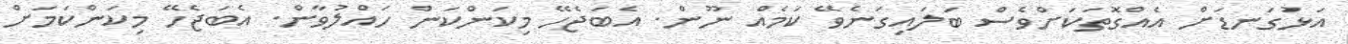
އަޅުގަނޑަށް އެއްގޮތަކަށްވެސް ބަލައިގަނެވޭ ކަމެއް ނޫން. އެބަޖެހޭ މިކަންކަން ހައްލުވާން. އެބަޖެހޭ މިކަންކަމަށް